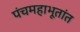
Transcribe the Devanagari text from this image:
पंचमहाभूतांत